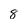
Character: 8